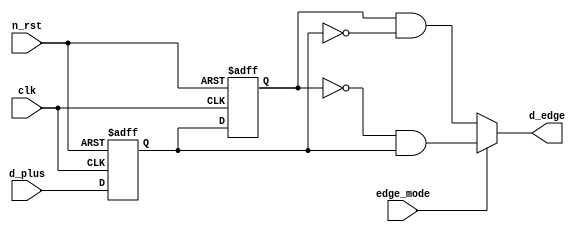
module edge_detect_spi (
	clk,
	n_rst,
	edge_mode,
	d_plus,
	d_edge
);
	input wire clk;
	input wire n_rst;
	input wire edge_mode;
	input wire d_plus;
	output wire d_edge;
	reg dprev;
	reg dcurr;
	always @(posedge clk or negedge n_rst)
		if (n_rst == 0) begin
			dprev <= 1;
			dcurr <= 1;
		end
		else begin
			dprev <= dcurr;
			dcurr <= d_plus;
		end
	assign d_edge = (edge_mode ? ~dprev & dcurr : dprev & ~dcurr);
endmodule